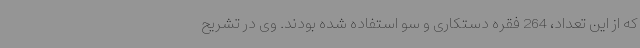
که از این تعداد، 264 فقره دستکاری و سو استفاده‌ شده بودند. وی در تشریح